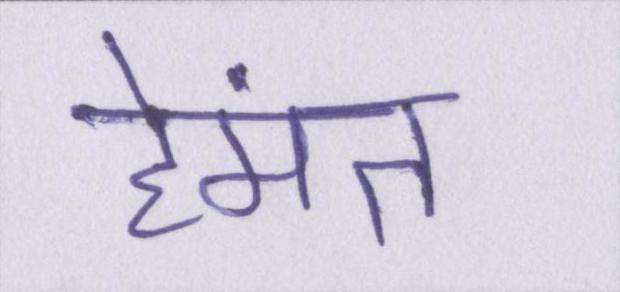
हेमंत